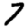
Digit: 7